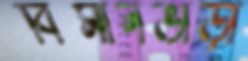
বিমানভাড়া